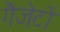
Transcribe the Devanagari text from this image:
गैजेटों